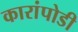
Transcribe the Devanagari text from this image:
कारांपोडी